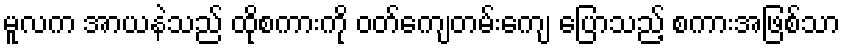
မူလက အာယနဲသည် ထိုစကားကို ဝတ်ကျေတမ်းကျေ ပြောသည့် စကားအဖြစ်သာ